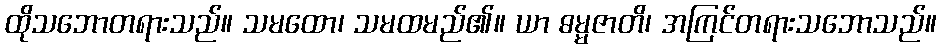
ထိုသဘောတရားသည်။ သမထော၊ သမထမည်၏။ ယာ ဓမ္မဇာတိ၊ အကြင်တရားသဘောသည်။